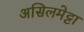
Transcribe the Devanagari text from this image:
असिलमेट्टा